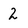
Character: 2